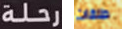
رحلة طلقات